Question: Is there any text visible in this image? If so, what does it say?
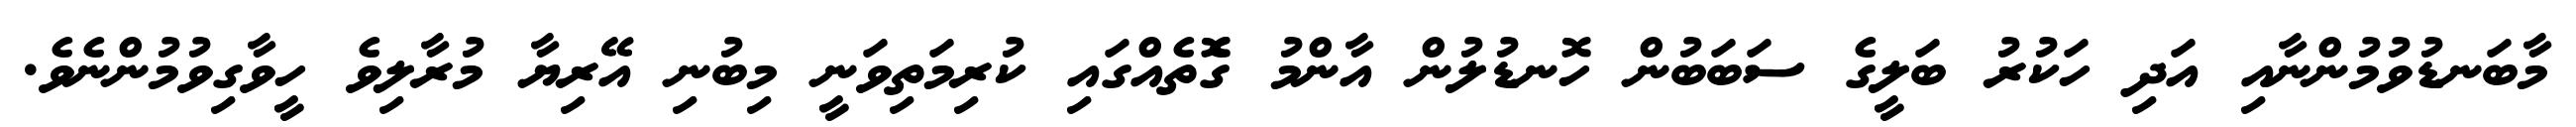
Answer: މާބަނޑުވުމުންނާއި އަދި ހަކުރު ބަލީގެ ސަބަބުން ހޮނޑުލުން އާންމު ގޮެތެއްގައި ކުރިމަތިވަނީ މިބުނި އޭރިޔާ މުރާލިވެ ހީވާގިވުމުންނެވެ.